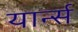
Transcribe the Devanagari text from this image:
यार्न्स